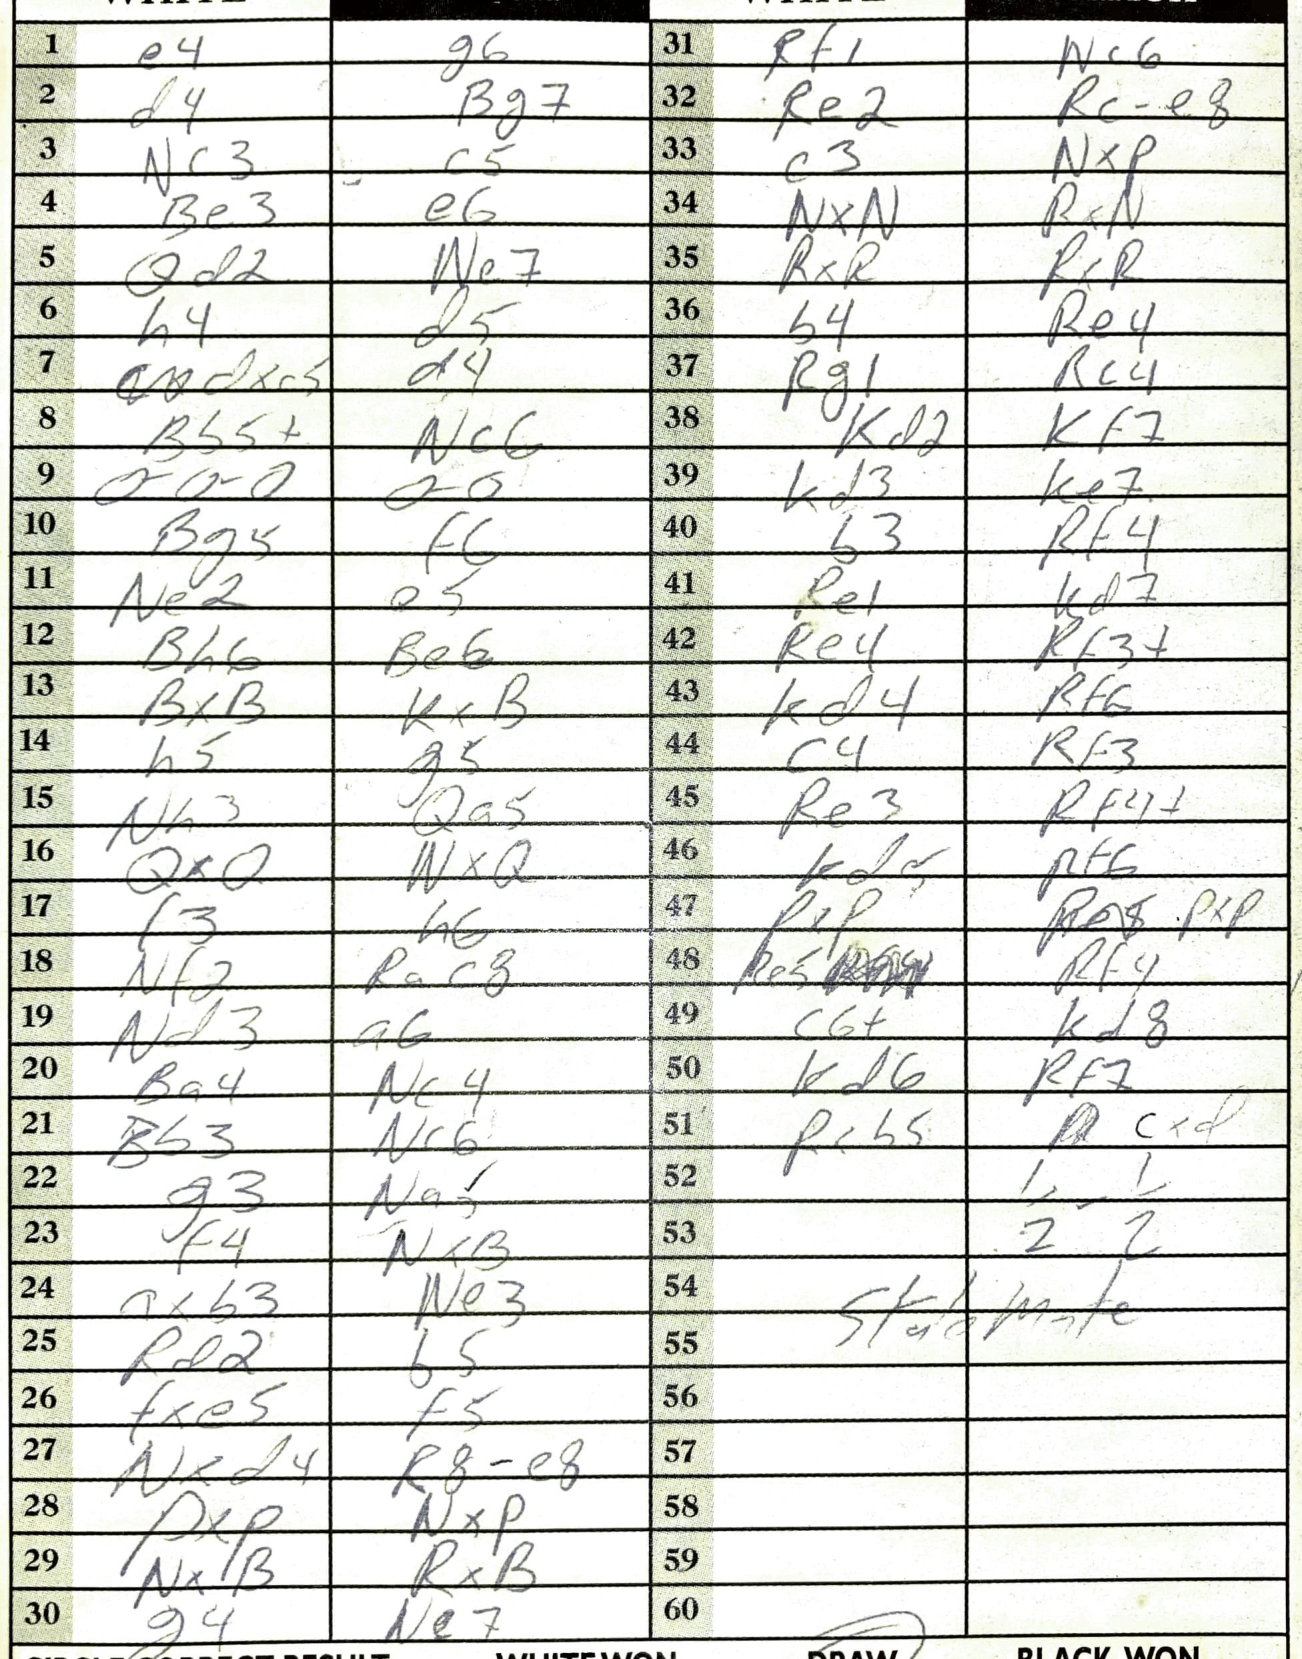
Moves: e4 g6 d4 Bg7 Nc3 c5 Be3 e6 Qd2 Ne7 h4 d5 dxc5 d4 Bb5+ Nc6 O-O-O O-O Bg5 f6 Ne2 e5 Bh6 Be6 BxB KxB h5 g5 Nh3 Qa5 QxQ NxQ f3 h6 Nf2 Rac8 Nd3 a6 Ba4 Nc4 Bb3 Nc6 g3 Na5 f4 NxB axb3 Ne3 Rd2 b5 fxe5 f5 Nxd4 R8e8 PxP NxP NxB RxB g4 Ne7 Rf1 Nc6 Re2 Rce8 c3 NxP NxN RxN RxR RxR b4 Re4 Rg1 Rc4 Kd2 Kf7 Kd3 Ke7 b3 Rf4 Re1 Kd7 Re4 Rf3+ Kd4 Rf6 c4 Rf3 Re3 Rf4+ Kd5 Rf6 PxP PxP Re5 Rf4 c6+ Kd8 Kd6 Rf7 Rxb5 cxd